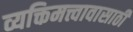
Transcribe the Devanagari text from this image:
व्यक्तिमत्त्वावासाठी